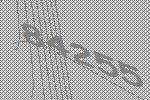
84255